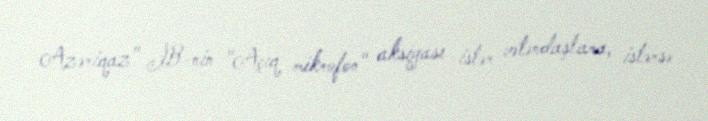
Azəriqaz" İB-nin "Açıq mikrofon" aksiyası istər vətəndaşlara, istərsə